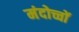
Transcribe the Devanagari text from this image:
मंदोच्चों